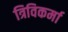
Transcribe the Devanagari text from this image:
त्रिविकर्मा